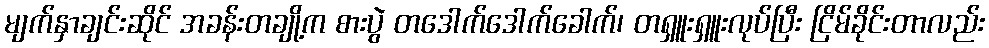
မျက်နှာချင်းဆိုင် အခန်းတချို့က စားပွဲ တဒေါက်ဒေါက်ခေါက်၊ တရှူးရှူးလုပ်ပြီး ငြိမ်ခိုင်းတာလည်း